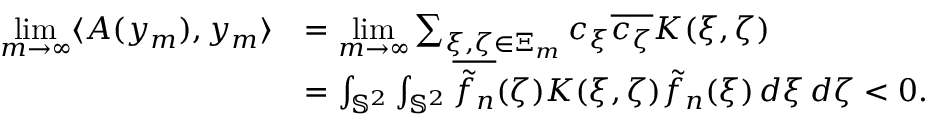
\begin{array} { r l } { \underset { m \rightarrow \infty } { \operatorname* { l i m } } \langle A ( y _ { m } ) , y _ { m } \rangle } & { = \underset { m \rightarrow \infty } { \operatorname* { l i m } } \sum _ { \xi , \zeta \in \Xi _ { m } } c _ { \xi } \overline { { c _ { \zeta } } } K ( \xi , \zeta ) } \\ & { = \int _ { { \mathbb { S } ^ { 2 } } } \int _ { { \mathbb { S } ^ { 2 } } } \overline { { \tilde { f } _ { n } } } ( \zeta ) K ( \xi , \zeta ) \tilde { f } _ { n } ( \xi ) \, d \xi \, d \zeta < 0 . } \end{array}